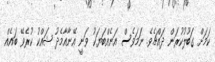
ކަމަށް ގަބޫލުކުރަން ދައްޗެވެ. ނަމަވެސް އަނެއްބަޔަކު ވަނީ އޭނާއާމެދު ޝައްކު ކުރެވޭ ބައެއް